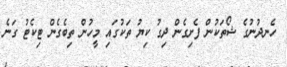
ހެނދުނުގެ ޝޯތަކުން ފެށިގެން ދިގު ކިޔު ތަކުގައި މީހުން ތިބެގެން ޓިކެޓު ގަނެ